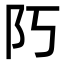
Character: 𨸑